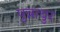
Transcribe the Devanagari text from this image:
पुन्नाथुर